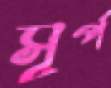
সূর্প